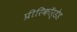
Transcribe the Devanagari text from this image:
प्रीरिकॉर्डेड